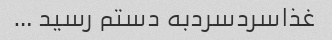
غذاسردسردبه دستم رسید …